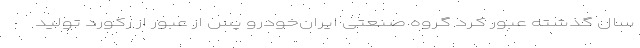
سال گذشته عبور کرد گروه صنعتی ایران‌خودرو پس از عبور از رکورد تولید